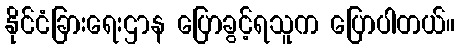
နိုင်ငံခြားရေးဌာန ပြောခွင့်ရသူက ပြောပါတယ်။